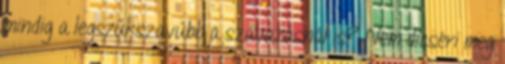
mindig a legszűkszavúbb a szavazásnál is? Nem dicséri meg